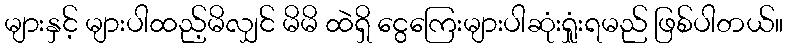
များနှင့် များပါထည့်မိလျှင် မိမိ ထဲရှိ ငွေကြေးများပါဆုံးရှုူံးရမည် ဖြစ်ပါတယ်။